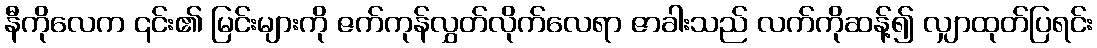
နီကိုလေက ၎င်း၏ မြင်းများကို ဇက်ကုန်လွှတ်လိုက်လေရာ ဇာခါးသည် လက်ကိုဆန့်၍ လျှာထုတ်ပြရင်း